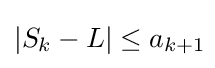
\left|S_{k}-L\right|\leq a_{k+1}\!